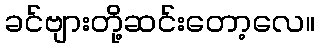
ခင်ဗျားတို့ဆင်းတော့လေ။